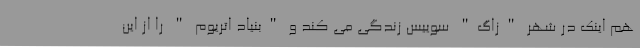
هم اینک در شهر "زاگ" سوییس زندگی می کند و "بنیاد اتریوم " را از این